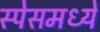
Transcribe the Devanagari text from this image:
स्पेसमध्ये